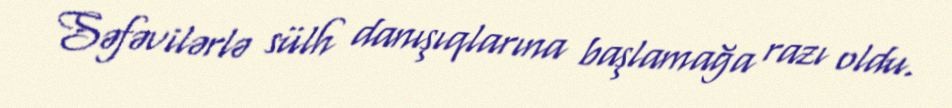
Səfəvilərlə sülh danışıqlarına başlamağa razı oldu.